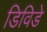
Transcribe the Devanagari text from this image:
डिविडे